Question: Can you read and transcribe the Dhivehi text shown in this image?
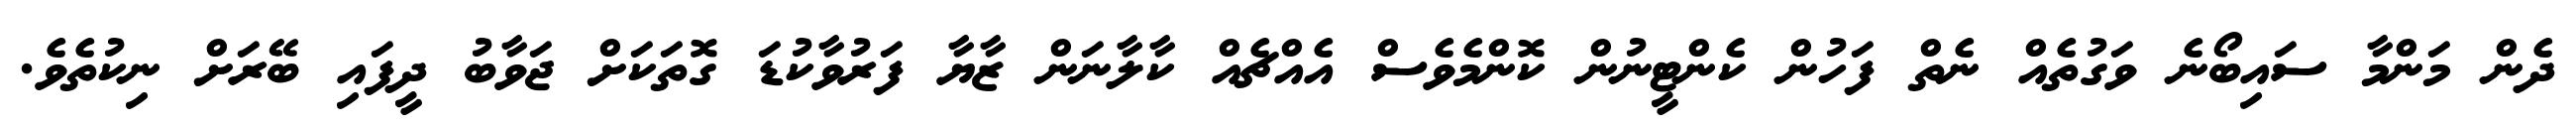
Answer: ދެން މަންމާ ސައިބޯނެ ވަގުތެއް ނެތް ފަހުން ކެންޓީނުން ކޮންމެވެސް އެއްޗެއް ކާލާނަން ޒާޔާ ފަރުވާކުޑަ ގޮތަކަށް ޖަވާބު ދީފައި ބޭރަށް ނިކުތެވެ.